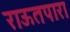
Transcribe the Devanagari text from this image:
राऊतपारा